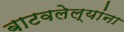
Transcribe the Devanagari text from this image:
बाटवलेल्यांना